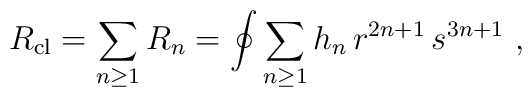
R_{\rm cl} = \sum_{n\ge 1} R_n =\oint \sum_{n\ge 1}h_n\, r^{2n+1}\, s^{3n+1}\ ,